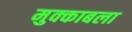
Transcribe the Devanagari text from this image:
मुक्काबला